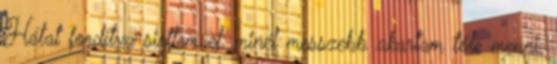
Hátat fordítva siettem el, minél messzebb akartam tőle menni.